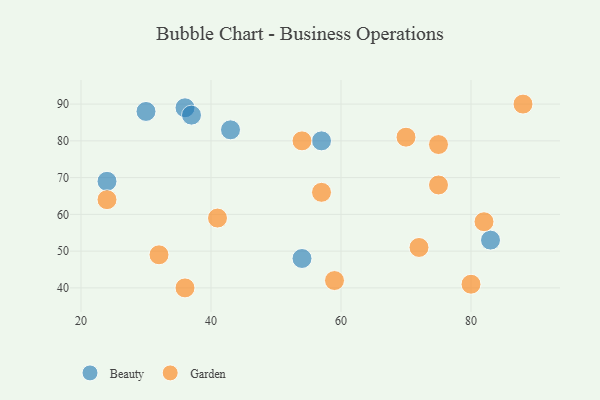
{"axis": {"x": "GDP", "y": "Life Expectancy"}, "legend": ["Beauty", "Garden"], "data": [{"x": "24", "y": 69, "type": "Beauty"}, {"x": "54", "y": 48, "type": "Beauty"}, {"x": "30", "y": 88, "type": "Beauty"}, {"x": "83", "y": 53, "type": "Beauty"}, {"x": "43", "y": 83, "type": "Beauty"}, {"x": "36", "y": 89, "type": "Beauty"}, {"x": "57", "y": 80, "type": "Beauty"}, {"x": "37", "y": 87, "type": "Beauty"}, {"x": "75", "y": 79, "type": "Garden"}, {"x": "24", "y": 64, "type": "Garden"}, {"x": "54", "y": 80, "type": "Garden"}, {"x": "88", "y": 90, "type": "Garden"}, {"x": "70", "y": 81, "type": "Garden"}, {"x": "80", "y": 41, "type": "Garden"}, {"x": "82", "y": 58, "type": "Garden"}, {"x": "41", "y": 59, "type": "Garden"}, {"x": "59", "y": 42, "type": "Garden"}, {"x": "36", "y": 40, "type": "Garden"}, {"x": "57", "y": 66, "type": "Garden"}, {"x": "32", "y": 49, "type": "Garden"}, {"x": "75", "y": 68, "type": "Garden"}, {"x": "72", "y": 51, "type": "Garden"}]}